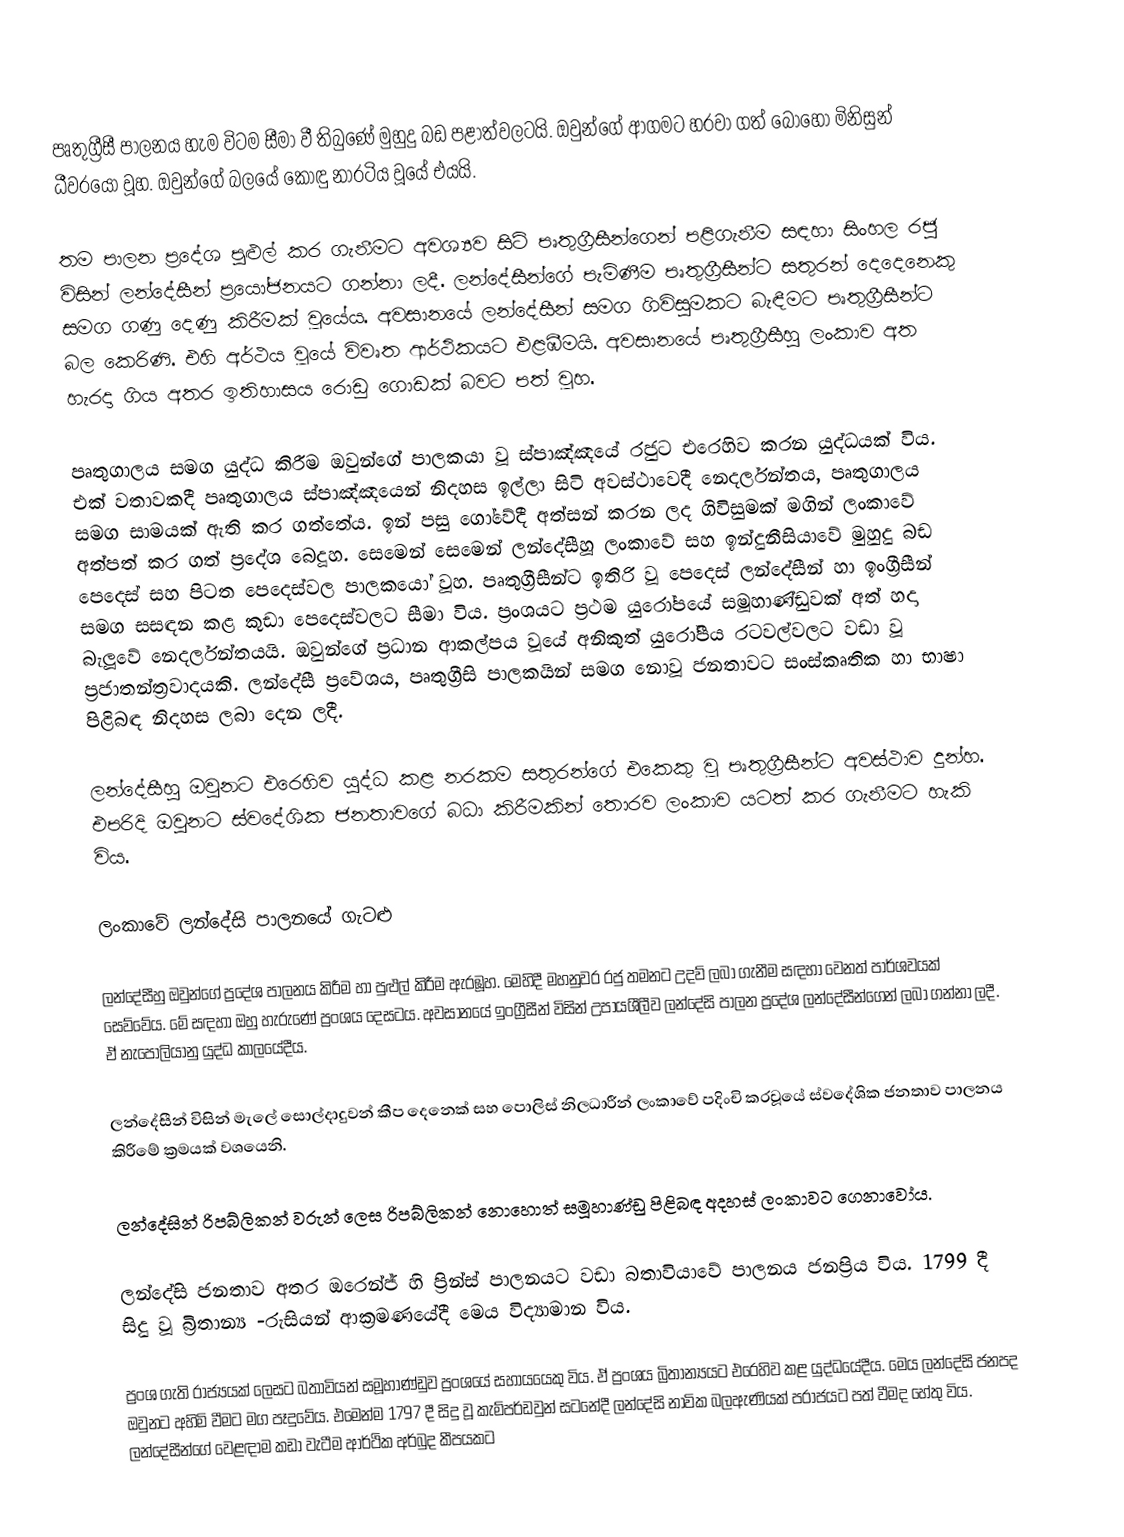
පෘතුග්‍රීසී පාලනය හැම විටම සීමා වී තිබුණේ මුහුදු බඩ පළාත්වලටයි. ඔවුන්ගේ ආගමට හරවා ගත් බොහෝ මිනිසුන් ධීවරයෝ වූහ. ඔවුන්ගේ බලයේ කොඳු නාරටිය වූයේ එයයි.

තම පාලන ප්‍රදේශ පුළුල් කර ගැනීමට අවශ්‍යව සිටි පෘතුග්‍රීසීන්ගෙන් පළිගැනීම සඳහා සිංහල රජු විසින් ලන්දේසීන් ප්‍රයෝජනයට ගන්නා ලදී. ලන්දේසීන්ගේ පැමිණීම පෘතුග්‍රීසීන්ට සතුරන් දෙදෙනෙකු සමග ගණු දෙණු කිරීමක් වූයේය. අවසානයේ ලන්දේසීන් සමග ගිවිසුමකට බැඳීමට පෘතුග්‍රීසීන්ට බල කෙ‍රිණි. එහි අර්ථය වූයේ විවෘත ආර්ථිකයට එළඹීමයි. අවසානයේ පෘතුග්‍රීසීහු ලංකාව අත හැරදා ගිය අතර ඉතිහාසය රොඩු ගොඩක් බවට පත් වූහ.

පෘතුගාලය සමග යුද්ධ කිරීම ඔවුන්ගේ පාලකයා වූ ස්පාඤ්ඤයේ රජුට එරෙහිව කරන යුද්ධයක් විය. එක් වතාවකදී පෘතුගාලය ස්පාඤ්ඤයෙන් නිදහස ඉල්ලා සිටි අවස්ථාවෙදී නෙදර්ලන්තය, පෘතුගාලය සමග සාමයක් ඇති කර ගත්තේය. ඉන් පසු ගෝවේදී අත්සන් කරන ලද ගිවිසුමක් මගින් ලංකාවේ අත්පත් කර ගත් ප්‍රදේශ බෙදූහ. සෙමෙන් සෙමෙන් ලන්දේසීහූ ලංකාවේ සහ ඉන්දුනීසියාවේ මුහුදු බඩ පෙදෙස් සහ පිටත පෙදෙස්වල පාලකයෝ වූහ. පෘතුග්‍රීසීන්ට ඉතිරි වූ පෙදෙස් ලන්දේසීන් හා ඉංග්‍රීසීන් සමග සසඳන කළ කුඩා පෙදෙස්වලට සීමා විය. ප්‍රංශයට ප්‍රථම යුරෝපයේ සමූහාණ්ඩුවක් අත් හදා බැලූවේ නෙදර්ලන්තයයි. ඔවුන්ගේ ප්‍රධාන ආකල්පය වූයේ අනිකුත් යුරෝපීය රටවල්වලට වඩා වූ ප්‍රජාතන්ත්‍රවාදයකි. ලන්දේසී ප්‍රවේශය, පෘතුග්‍රීසි පාලකයින් සමග නොවූ ජනතාවට සංස්කෘතික හා භාෂා පිළිබඳ නිදහස ලබා දෙන ලදී.

ලන්දේසීහු ඔවුනට එරෙහිව යුද්ධ කළ නරකම සතුරන්ගේ එකෙකු වූ පෘතුග්‍රීසීන්ට අවස්ථාව දුන්හ. එපරිදි ඔවුනට ස්වදේශික ජනතාවගේ බධා කිරීමකින් තොරව ලංකාව යටත් කර ගැනීමට හැකි විය.

ලංකාවේ ලන්දේසි පාලනයේ ගැටළු

ලන්දේසීහු ඔවුන්ගේ ප්‍රදේශ පාලනය කිරීම හා පුළුල් කිරීම ඇරඹූහ. මෙහිදී මහනුවර රජු තමනට උදව් ලබා ගැනීම සඳහා වෙනත් පාර්ශවයක් සෙව්වේය. මේ සඳහා ඔහු හැරුණේ ප්‍රංශය දෙසටය. අවසානයේ ඉංග්‍රීසීන් විසින් උපායශීලීව ලන්දේසි පාලන ප්‍රදේශ ලන්දේසීන්ගෙන් ලබා ගන්නා ලදී. ඒ නැපෝලියානු යුද්ධ කාලයේදීය.

ලන්දේසීන් විසින් මැලේ සොල්දාදුවන් කීප දෙනෙක් සහ පොලිස් නිලධාරීන් ලංකාවේ පදිංචි කරවූයේ ස්වදේශික ජනතාව පාලනය කිරීමේ ක්‍රමයක් වශයෙනි.

ලන්දේසින් රිපබ්ලිකන් වරුන් ලෙස රිපබ්ලිකන් නොහොත් සමූහාණ්ඩු පිළිබඳ අදහස් ලංකාවට ගෙනාවෝය.

ලන්දේසි ජනතාව අතර ඔරෙන්ජ් හි ප්‍රින්ස් පාලනයට වඩා බතාවියාවේ පාලනය ජනප්‍රිය විය. 1799 දී සිදු වූ බ්‍රිතාන්‍ය -රුසියන් ආක්‍රමණයේදී මෙය විද්‍යාමාන විය.

ප්‍රංශ ගැති රාජ්‍යයක් ලෙසට බතාවියන් සමූහාණ්ඩුව ප්‍රංශයේ සහායයෙකු විය. ඒ ප්‍රංශය බ්‍රිතාන්‍යයට එරෙහිව කළ යුද්ධයේදීය. මෙය ලන්දේසි ජනපද ඔවුනට අහිමි වීමට මග පෑදුවේය. එමෙන්ම 1797 දී සිදු වූ කැම්පර්ඩවුන් සටනේදී ලන්දේසි නාවික බලඇණියක් පරාජයට පත් වීමද හේතු විය. ලන්දේසීන්ගේ වෙළඳාම කඩා වැටීම ආර්ථික අර්බුද කීපයකට